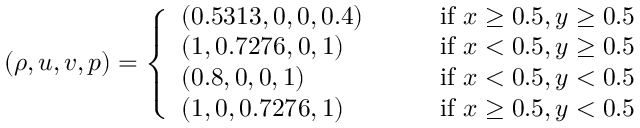
\begin{array} { r } { ( \rho , u , v , p ) = \left\{ \begin{array} { l l } { ( 0 . 5 3 1 3 , 0 , 0 , 0 . 4 ) \qquad } & { \mathrm { i f ~ } x \ge 0 . 5 , y \ge 0 . 5 } \\ { ( 1 , 0 . 7 2 7 6 , 0 , 1 ) } & { \mathrm { i f ~ } x < 0 . 5 , y \ge 0 . 5 } \\ { ( 0 . 8 , 0 , 0 , 1 ) } & { \mathrm { i f ~ } x < 0 . 5 , y < 0 . 5 } \\ { ( 1 , 0 , 0 . 7 2 7 6 , 1 ) } & { \mathrm { i f ~ } x \ge 0 . 5 , y < 0 . 5 } \end{array} \right. } \end{array}